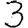
Digit: 3